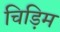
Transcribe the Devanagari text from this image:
चिड़िम